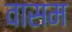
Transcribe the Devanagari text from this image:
वासम